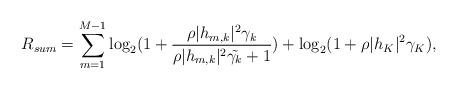
LaTeX: \begin{align*}R_{sum} = \sum_{m = 1}^{M-1} \log_2(1 + \frac{\rho |h_{m,k}|^2 \gamma_k}{\rho |h_{m,k}|^2 \tilde{\gamma_k}+1}) + \log_2 (1 + \rho |h_{K}|^2 \gamma_K),\end{align*}